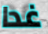
غدا